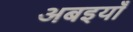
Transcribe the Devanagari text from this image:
अबइयाँ